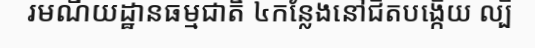
រមណីយដ្ឋានធម្មជាតិ ៤កន្លែងនៅជិតបង្កើយ ល្បី